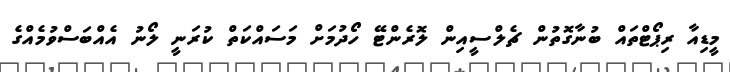
މީޑިއާ ރިޕޯޓްތައް ބުނާގޮތުން ޗެލްސީއިން ލޮރެންޓޭ ހޯދުމަށް މަސައްކަތް ކުރަނީ ލޯނު އެއްބަސްވުމެއްގެ